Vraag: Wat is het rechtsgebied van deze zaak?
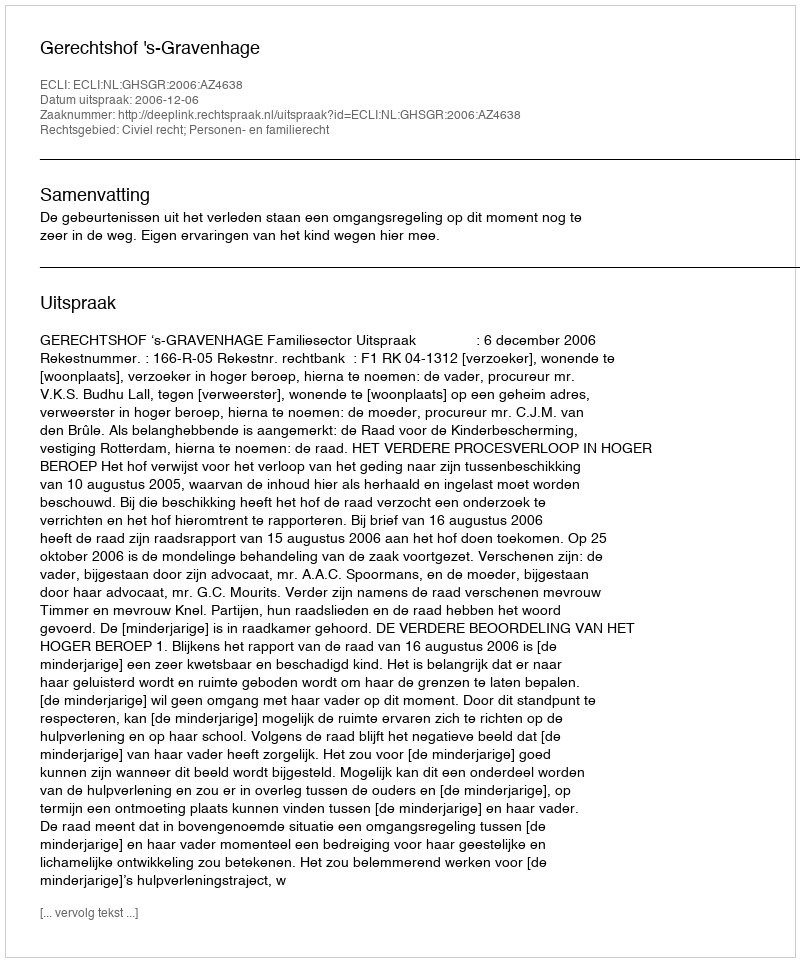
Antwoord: Civiel recht; Personen- en familierecht